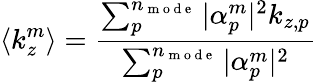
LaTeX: \langle k_{z}^{m}\rangle=\frac{\sum_{p}^{n_{\mathrm{~m~o~d~e~}}}|\alpha_{p}^{m}|^{2}k_{z,p}}{\sum_{p}^{n_{\mathrm{~m~o~d~e~}}}|\alpha_{p}^{m}|^{2}}